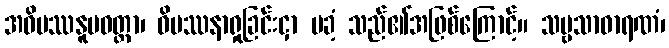
အဝိပဿနူပဝတ္တာ၊ ဝိပဿနာရှုခြင်းငှာ မခံ့ သည်၏အဖြစ်ကြောင့်။ သဗ္ဗသာဓာရဏံ၊